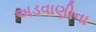
અડવાણીના